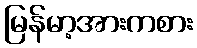
မြန်မာ့အားကစား